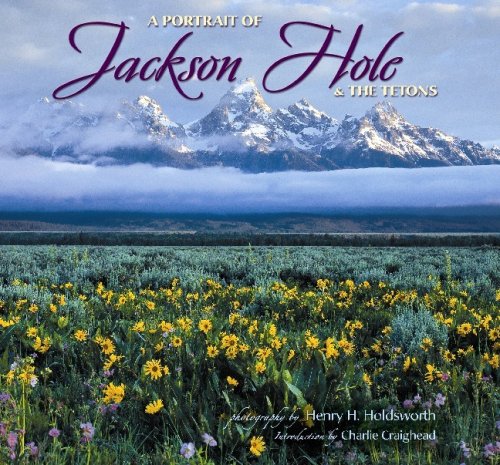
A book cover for Portrait of Jackson Hole & the Tetons; photography by Henry Holdsworth; Science & Math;